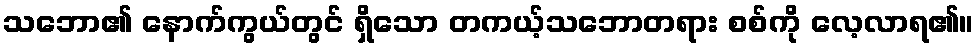
သဘော၏ နောက်ကွယ်တွင် ရှိသော တကယ့်သဘောတရား စစ်ကို လေ့လာရ၏။